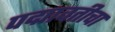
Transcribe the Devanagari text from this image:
पद्मावतीचा